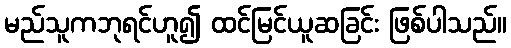
မည်သူကဘုရင်ဟူ၍ ထင်မြင်ယူဆခြင်း ဖြစ်ပါသည်။